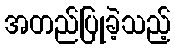
အတည်ပြုခဲ့သည့်